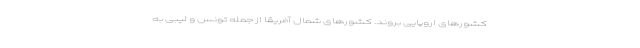
کشورهای اروپایی بروند. کشورهای شمال آفریقا از جمله تونس و لیبی به